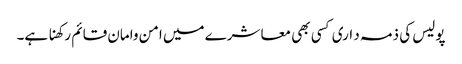
پولیس کی ذمہ د اری کسی بھی معا شرے میں امن وامان قائم رکھنا ہے۔